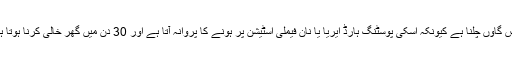
واپس گاوں چلنا ہے کیونکہ اسکی پوسٹنگ ہارڈ ایریا یا نان فیملی اسٹیشن پر ہونے کا پروانہ آتا ہے اور 30 دن میں گھر خالی کرنا ہوتا ہے ۔